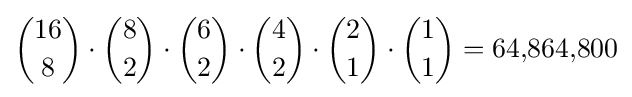
{\dbinom {16}{8}}\cdot {\dbinom {8}{2}}\cdot {\dbinom {6}{2}}\cdot {\dbinom {4}{2}}\cdot {\dbinom {2}{1}}\cdot {\dbinom {1}{1}}=64{,}864{,}800